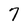
Character: 7